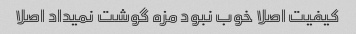
کیفیت اصلا خوب نبود مزه گوشت نمیداد اصلا